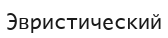
Эвристический